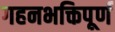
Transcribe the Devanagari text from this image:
गहनभक्तिपूर्ण